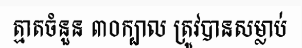
ត្មាតចំនួន ៣០ក្បាល ត្រូវបានសម្លាប់